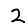
Digit: 2